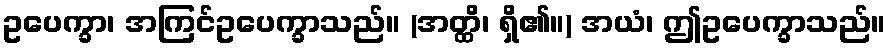
ဥပေက္ခာ၊ အကြင်ဥပေက္ခာသည်။ (အတ္ထိ၊ ရှိ၏။) အယံ၊ ဤဥပေက္ခာသည်။